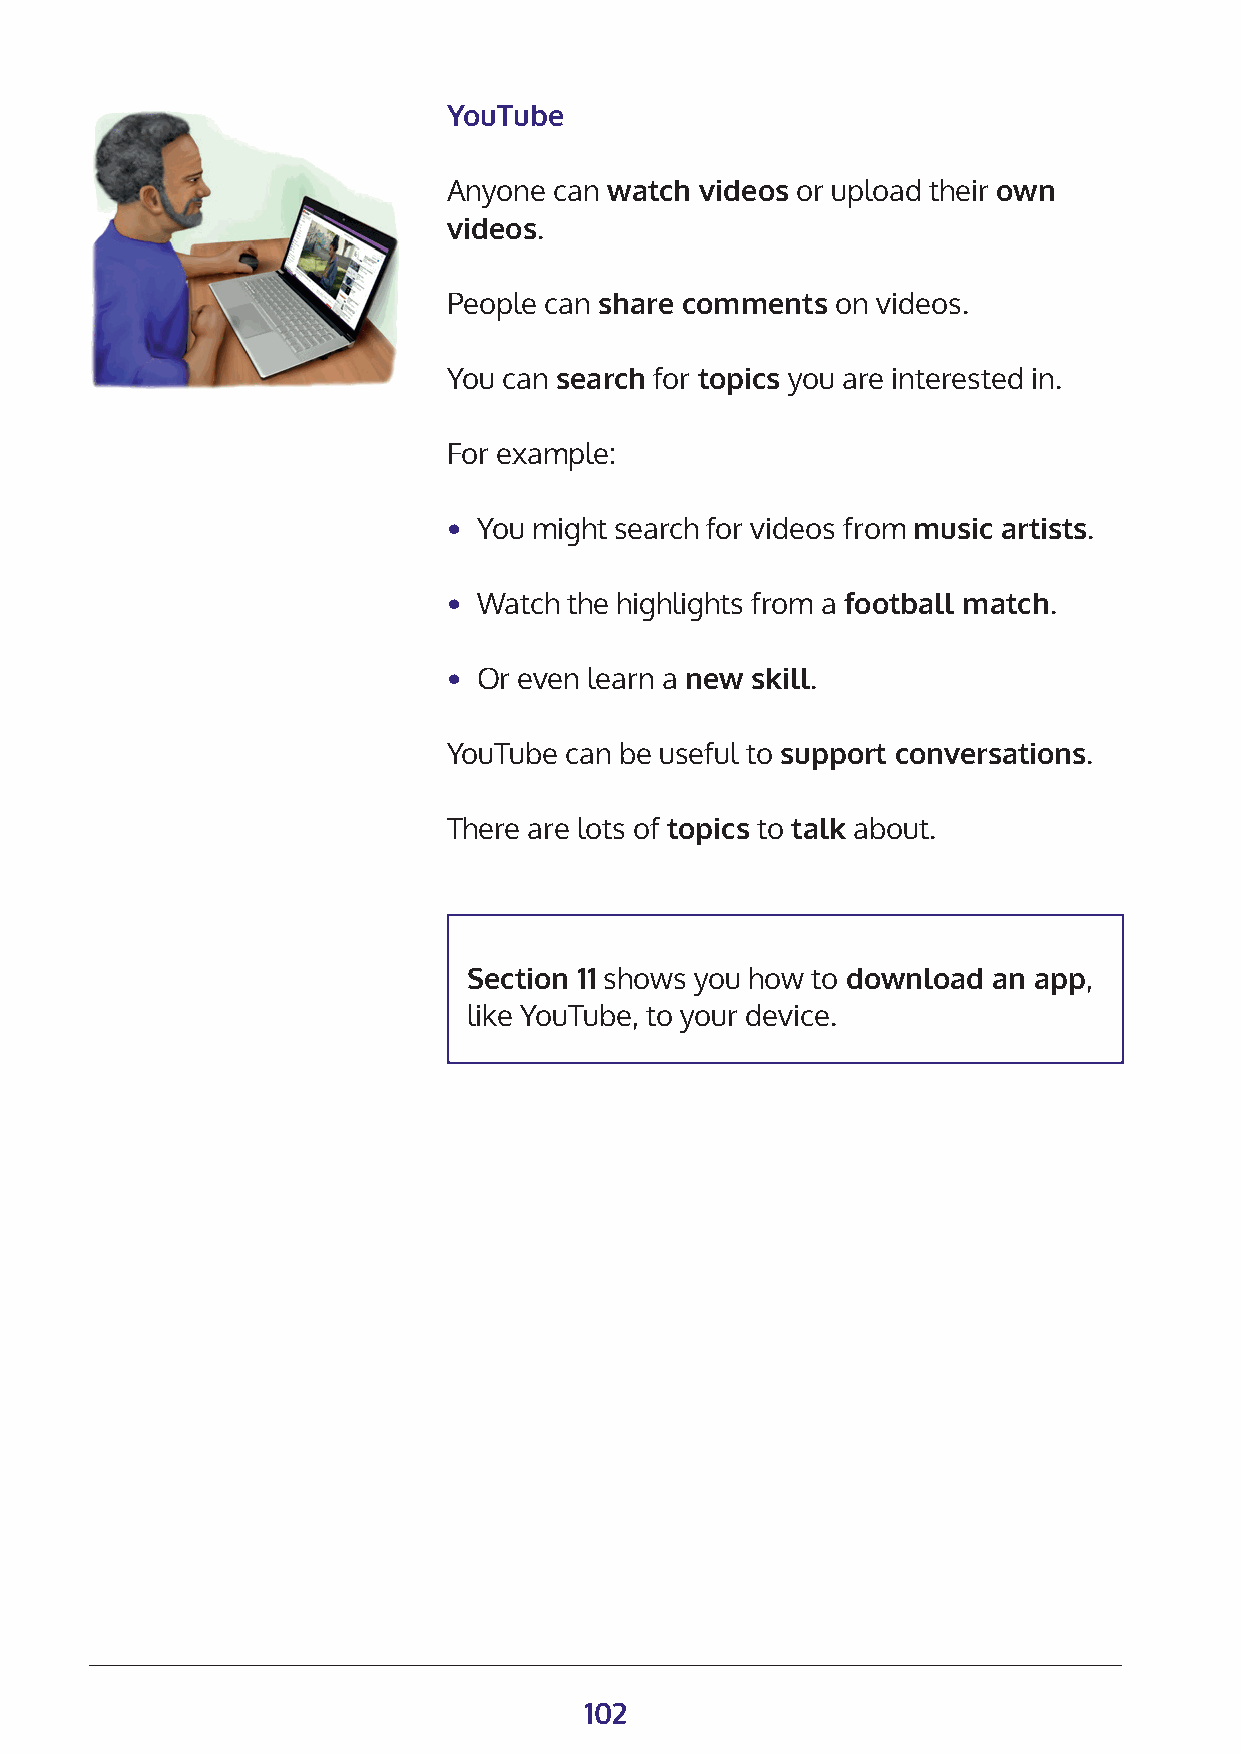
YouTube
 Anyone can watch videos or upload their own
 videos.
 People can share comments on videos.
 You can search for topics you are interested in.
 For example:
 • You might search for videos from music artists.
 • Watch the highlights from a football match.
 • Or even learn a new skill.
 YouTube can be useful to support conversations.
 There are lots of topics to talk about.
 Section 11 shows you how to download an app,
 like YouTube, to your device.
 102